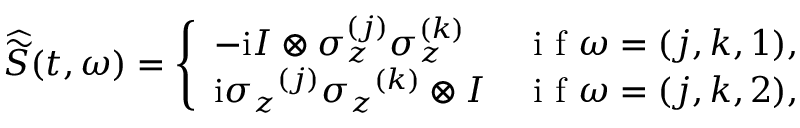
\widehat { \widetilde { S } } ( t , \omega ) = \left\{ \begin{array} { l l } { - \mathrm { i } I \otimes \sigma _ { z } ^ { ( j ) } \sigma _ { z } ^ { ( k ) } } & { \mathrm { ~ i ~ f ~ } \omega = ( j , k , 1 ) , } \\ { \mathrm { i } { \sigma _ { z } } ^ { ( j ) } { \sigma _ { z } } ^ { ( k ) } \otimes I } & { \mathrm { ~ i ~ f ~ } \omega = ( j , k , 2 ) , } \end{array} \right.